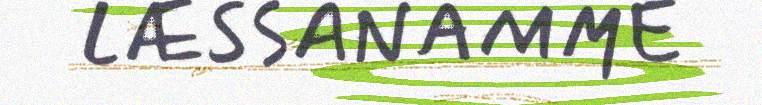
LÆSSANAMME